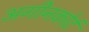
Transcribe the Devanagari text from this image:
अगीनकोर्ट